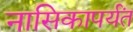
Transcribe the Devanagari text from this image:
नासिकापर्यंत